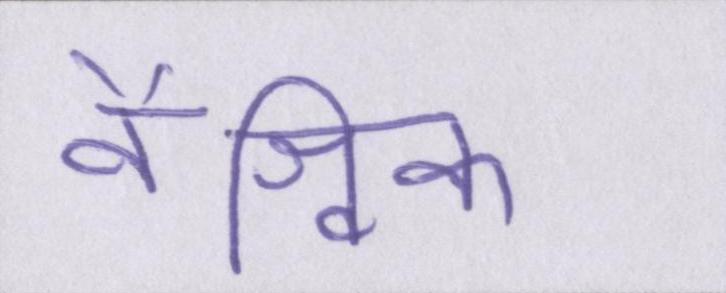
वैश्विक